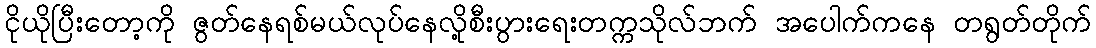
ငိုယိုပြီးတော့ကို ဇွတ်နေရစ်မယ်လုပ်နေလို့စီးပွားရေးတက္ကသိုလ်ဘက် အပေါက်ကနေ တရွတ်တိုက်